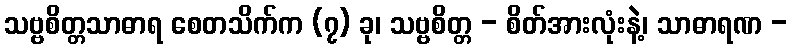
သဗ္ဗစိတ္တသာဓာရ စေတသိက်က (၇) ခု၊ သဗ္ဗစိတ္တ - စိတ်အားလုံးနဲ့၊ သာဓာရဏ -